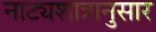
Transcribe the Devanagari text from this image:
नाट्यशात्रानुसार